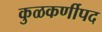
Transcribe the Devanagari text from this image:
कुळकर्णीपद